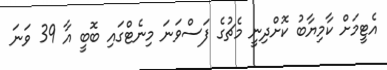
އެޓީމަށް ކާމިޔާބު ކޮށްދިނީ މެޗުގެ ފަސްވަނަ މިނެޓްގައި ބޮބީ އާ 39 ވަނަ